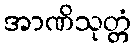
အာဏိသုတ္တံ